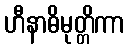
ဟီနာဓိမုတ္တိကာ